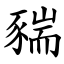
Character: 䝎